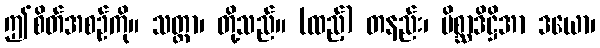
ဤစိတ်အစဉ်ကို။ သတ္တာ၊ တို့သည်။ (ထည့်) တနည်း၊ မိစ္ဆာဒိဋ္ဌိအာ ဒယော၊